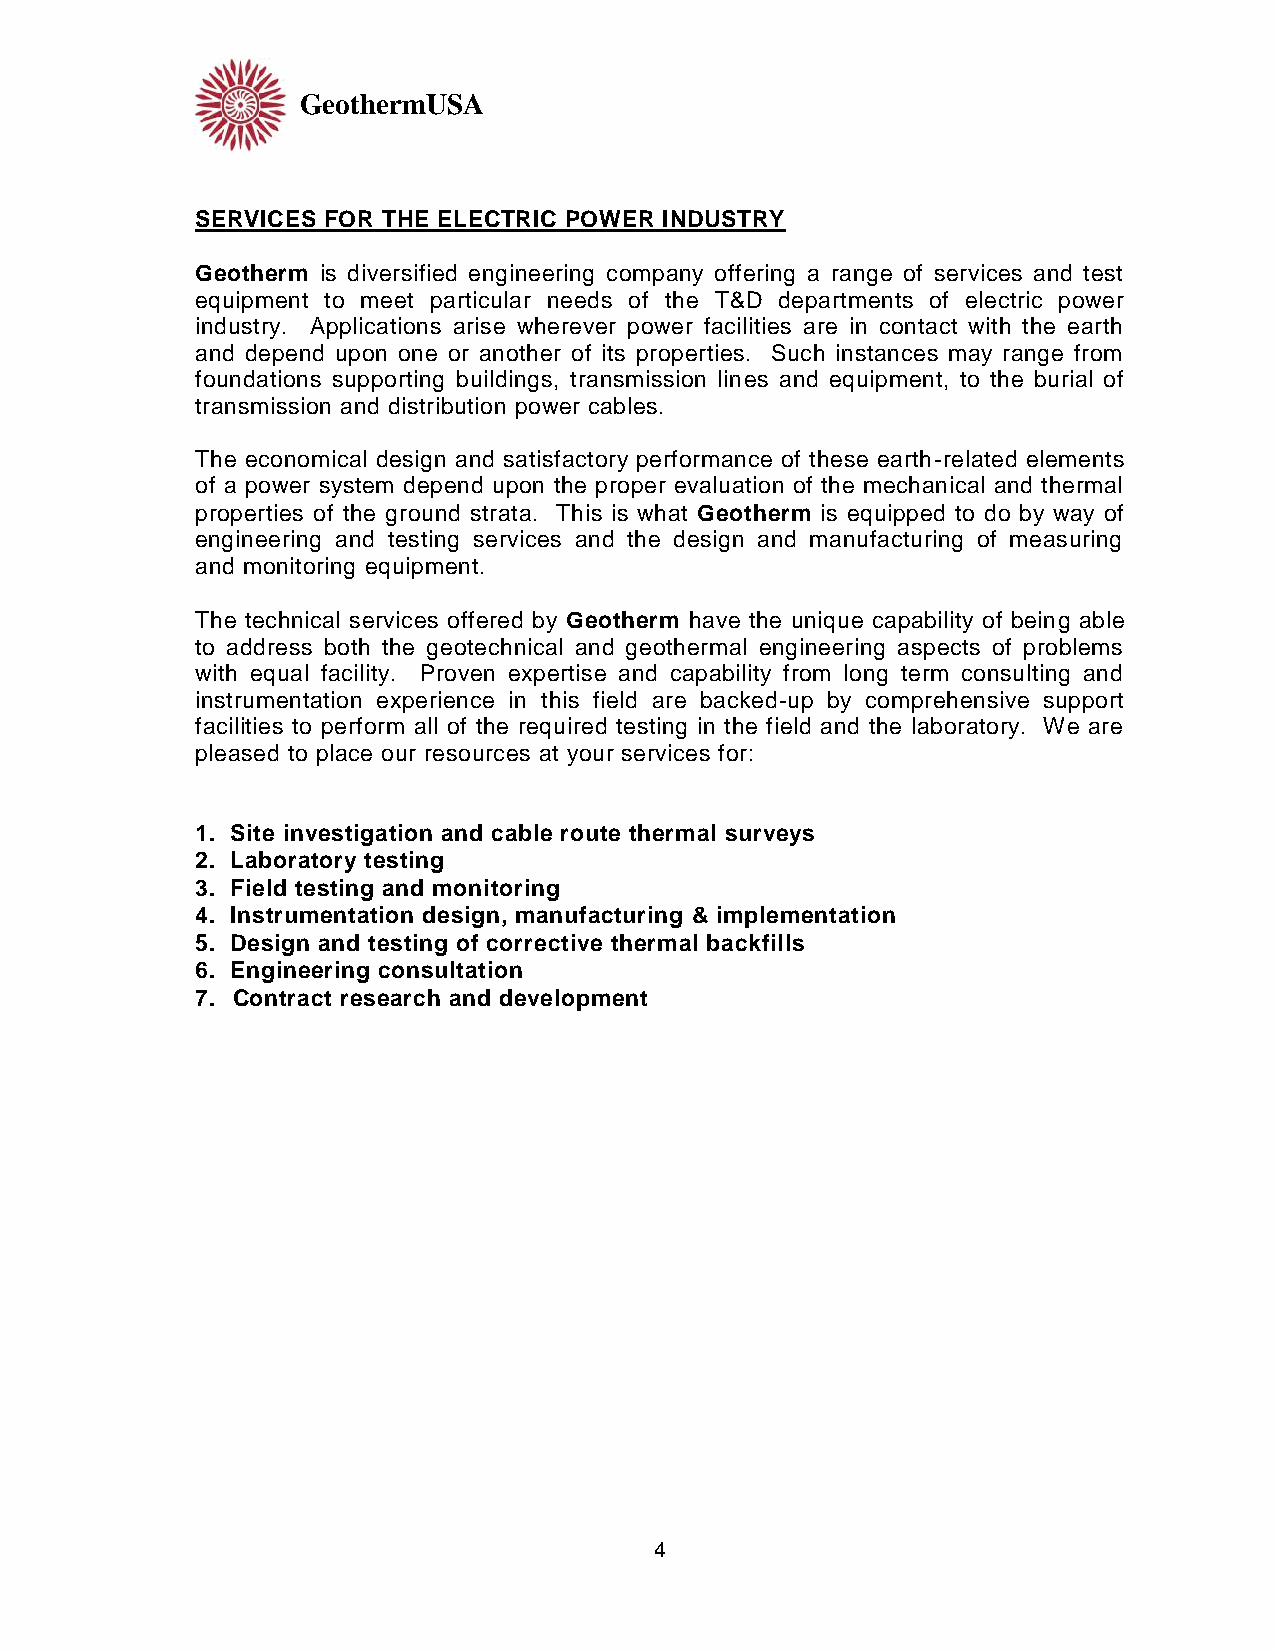
GeothermUSA
 SERVICES FOR THE ELECTRIC POWER INDUSTRY
 Geotherm is diversified engineering company offering a range of services and test
 equipment to meet particular needs of the T&D departments of electric power
 industry. Applications arise wherever power facilities are in contact with the earth
 and depend upon one or another of its properties. Such instances may range from
 foundations supporting buildings, transmission lines and equipment, to the burial of
 transmission and distribution power cables.
 The economical design and satisfactory performance of these earth-related elements
 of a power system depend upon the proper evaluation of the mechanical and thermal
 properties of the ground strata. This is what Geotherm is equipped to do by way of
 engineering and testing services and the design and manufacturing of measuring
 and monitoring equipment.
 The technical services offered by Geotherm have the unique capability of being able
 to address both the geotechnical and geothermal engineering aspects of problems
 with equal facility. Proven expertise and capability from long term consulting and
 instrumentation experience in this field are backed-up by comprehensive support
 facilities to perform all of the required testing in the field and the laboratory. We are
 pleased to place our resources at your services for:
 1. Site investigation and cable route thermal surveys
 2. Laboratory testing
 3. Field testing and monitoring
 4. Instrumentation design, manufacturing & implementation
 5. Design and testing of corrective thermal backfills
 6. Engineering consultation
 7. Contract research and development
 4